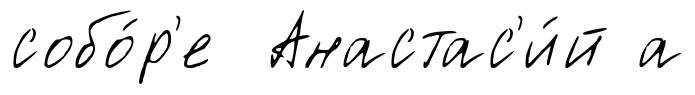
собо́р'е Анастас'и́й а